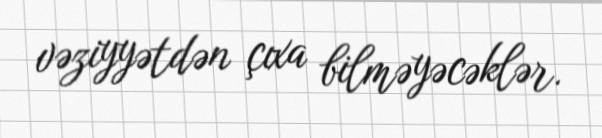
vəziyyətdən çıxa bilməyəcəklər.